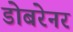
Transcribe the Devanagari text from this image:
डोबरेनर